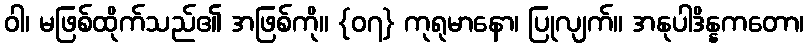
ဝါ၊ မဖြစ်ထိုက်သည်၏ အဖြစ်ကို။ {၀၇} ကုရုမာနော၊ ပြုလျက်။ အနုပါဒိန္နကတော၊